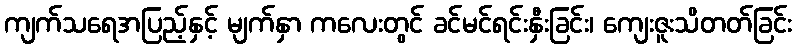
ကျက်သရေအပြည့်နှင့် မျက်နှာ ကလေးတွင် ခင်မင်ရင်းနှီးခြင်း၊ ကျေးဇူးသိတတ်ခြင်း